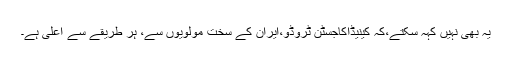
یہ بھی نہیں کہہ سکتے،کہ کینیڈاکاجسٹن ٹروڈو،ایران کے سخت مولویوں سے، ہر طریقے سے اعلیٰ ہے۔